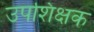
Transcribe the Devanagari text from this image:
उपशिक्षक